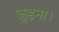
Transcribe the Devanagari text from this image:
जुड़ना।